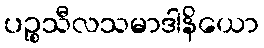
ပဉ္စသီလသမာဒါနိယော